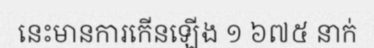
នេះមានការកើនឡើង ១ ៦៧៥ នាក់